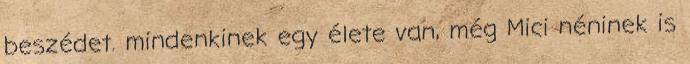
beszédet. mindenkinek egy élete van, még Mici néninek is